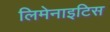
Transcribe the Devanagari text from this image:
लिमेनाइटिस